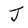
Character: J